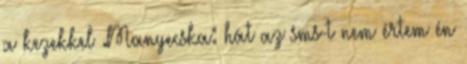
a kezekkel .Manyecska: hát az sms-t nem értem én